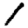
Digit: 1